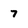
Character: 7